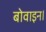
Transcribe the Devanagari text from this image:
बोवाइन।